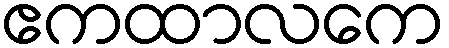
ဧကထာလကေ